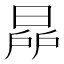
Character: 𣇯